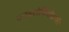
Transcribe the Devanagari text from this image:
फाइटोजियोग्राफी